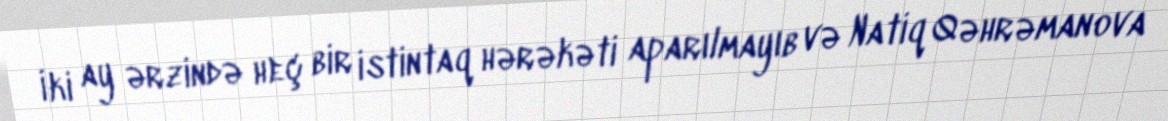
İki ay ərzində heç bir istintaq hərəkəti aparılmayıb və Natiq Qəhrəmanova